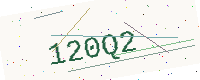
Text: 120Q2